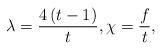
LaTeX: \begin{align*}\lambda =\frac{4\left( t-1\right) }{t},\chi =\frac{f}{t},\end{align*}